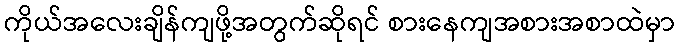
ကိုယ်အလေးချိန်ကျဖို့အတွက်ဆိုရင် စားနေကျအစားအစာထဲမှာ